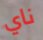
ناي